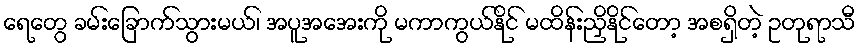
ရေတွေ ခမ်းခြောက်သွားမယ်၊ အပူအအေးကို မကာကွယ်နိုင် မထိန်းညှိနိုင်တော့ အစရှိတဲ့ ဥတုရာသီ